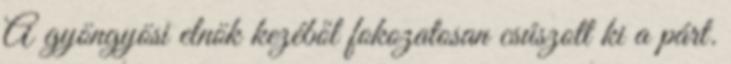
A gyöngyösi elnök kezéből fokozatosan csúszott ki a párt.